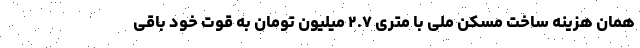
همان هزینه ساخت مسکن ملی با متری ۲.۷ میلیون تومان به قوت خود باقی